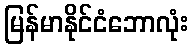
မြန်မာနိုင်ငံဘောလုံး